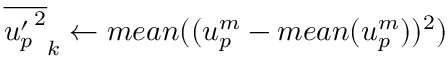
{ \overline { { { u _ { p } ^ { \prime } } ^ { 2 } } } } _ { k } \gets m e a n ( ( u _ { p } ^ { m } - m e a n ( u _ { p } ^ { m } ) ) ^ { 2 } )